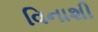
વિનાશી